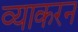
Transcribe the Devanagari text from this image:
व्याकरन